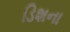
ડિશના